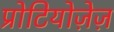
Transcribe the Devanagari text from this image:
प्रोटियोज़ेज़